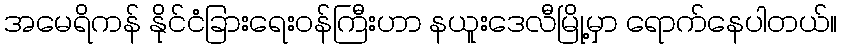
အမေရိကန် နိုင်ငံခြားရေးဝန်ကြီးဟာ နယူးဒေလီမြို့မှာ ရောက်နေပါတယ်။